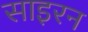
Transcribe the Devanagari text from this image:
साइरन